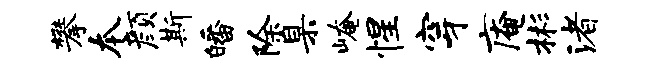
攀本颜斯皤除臬崦惺穿庵彬渚